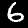
Label: 6